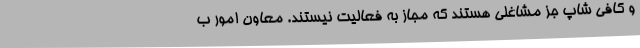
و کافی شاپ جز مشاغلی هستند که مجاز به فعالیت نیستند. معاون امور ب